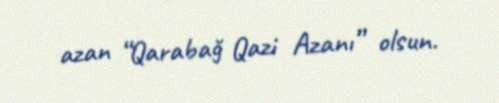
azan “Qarabağ Qazi Azanı” olsun.